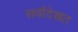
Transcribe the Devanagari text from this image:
सर्वांदेखत